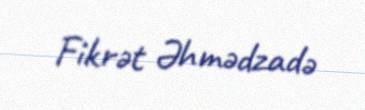
Fikrət Əhmədzadə